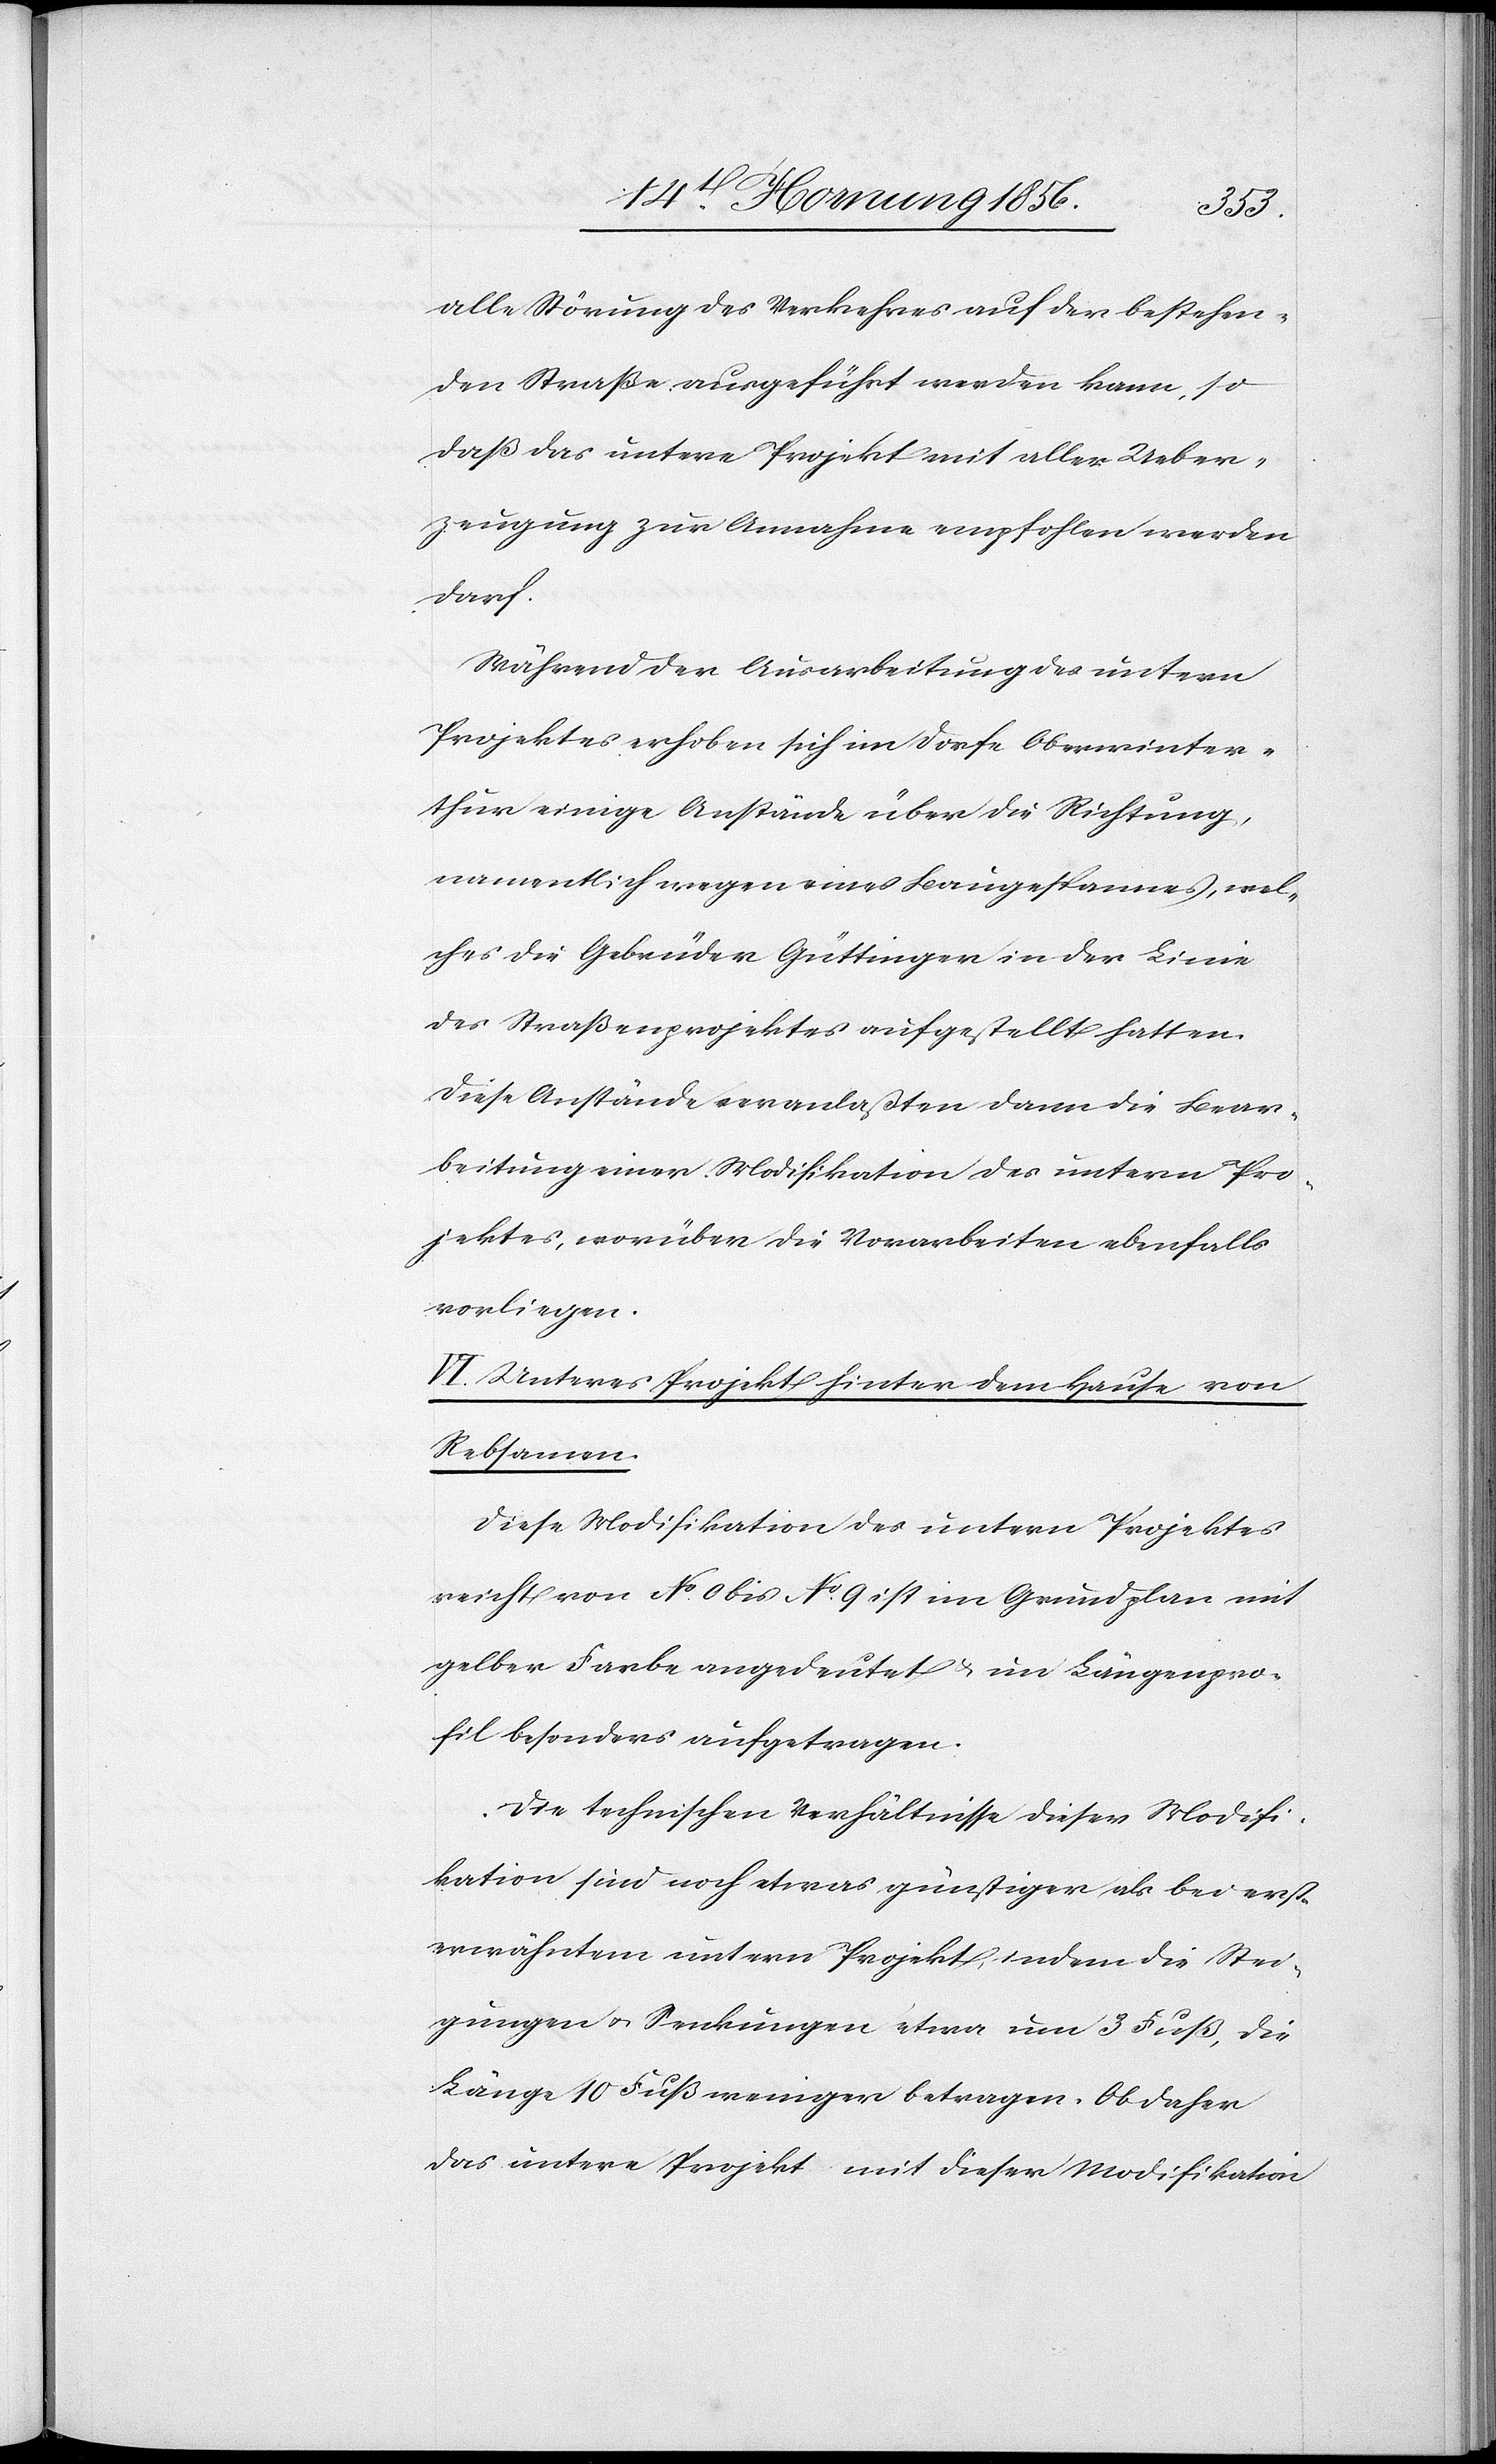
alle Störung des Verkehres auf der bestehen¬
den Straße ausgeführt werden kann, so
daß das untere Projekt mit aller Ueber¬
zeugung zur Annahme empfohlen werden
darf.
Während der Ausarbeitung des untern
Projektes erhoben sich im Dorfe Oberwinter¬
thur einige Anstände über die Richtung,
namentlich wegen eines Baugespannes, wel¬
ches die Gebrüder Güttinger in der Linie
des Straßenprojektes aufgestellt hatten.
Diese Anstände veranlaßten dann die Bear¬
beitung einer Modifikation des untern Pro¬
jektes, worüber die Vorarbeiten ebenfalls
vorliegen.
VI. Unteres Projekt hinter dem Hause von
Rebsamen.
Diese Modifikation des untern Projektes
reicht von No. 0 bis No. 9 ist im Grundplan mit
gelber Farbe angedeutet & im Längenpro¬
fil besonders aufgetragen.
Die technischen Verhältnisse dieser Modifi¬
kation sind noch etwas günstiger als bei erst¬
erwähntem untern Projekt, indem die Stei¬
gungen u. Senkungen etwa um 3 Fuß, die
Länge 10 Fuß weniger betragen. Ob daher
das untere Projekt mit dieser Modifikation